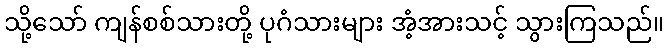
သို့သော် ကျန်စစ်သားတို့ ပုဂံသားများ အံ့အားသင့် သွားကြသည်။